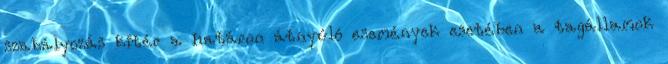
szabályozás kitér a határon átnyúló események esetében a tagállamok